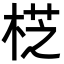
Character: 𣔰